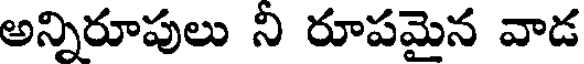
అన్నిరూపులు ని రూపమైన వాడ